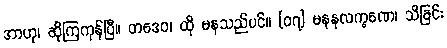
အာဟု၊ ဆိုကြကုန်ပြီ။ တဒေဝ၊ ထို မနသည်ပင်။ [၀၇] မနနလက္ခဏေ၊ သိခြင်း